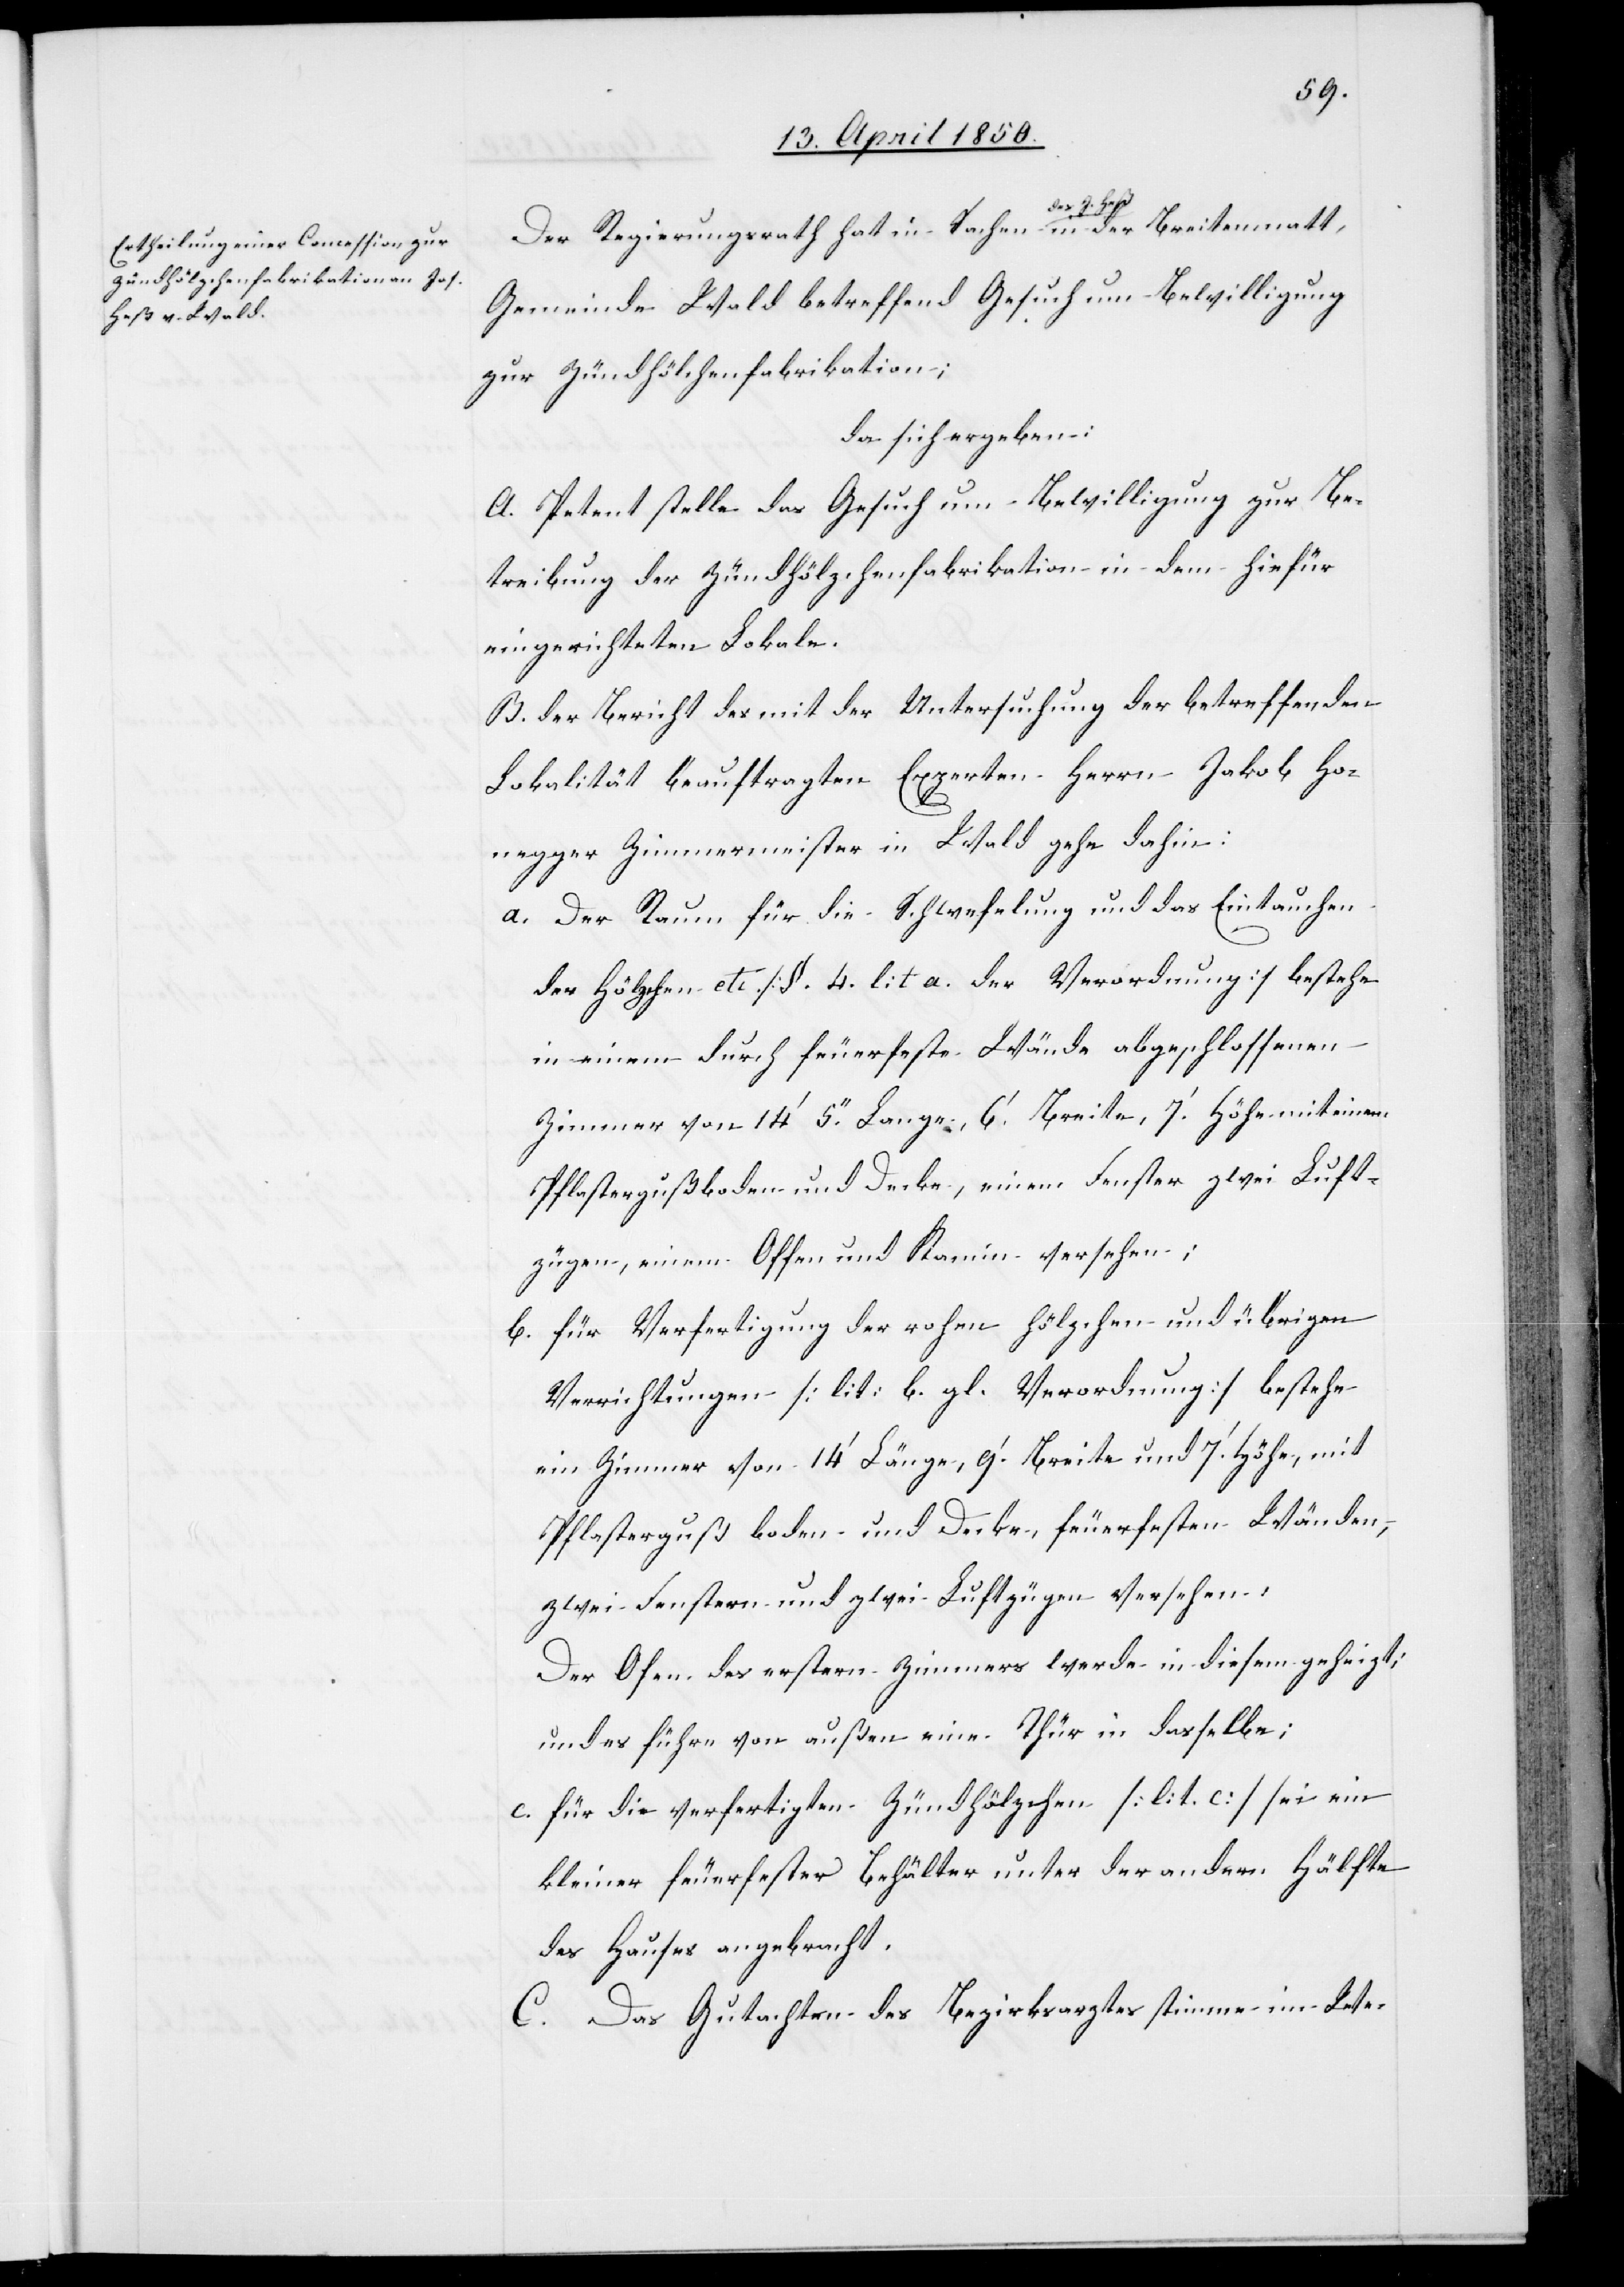
Der Regierungsrath hat in Sachen des J. Heß in der Breitenmatt,
Gemeinde Wald betreffend Gesuch um Bewilligung
zur Zündhöl[z]chenfabrikation;
da sich ergeben:
A. Petent stelle das Gesuch um Bewilligung zur Be¬
treibung der Zündhölzchenfabrikation in dem hiefür
eingerichteten Lokale.
B. der Bericht des mit der Untersuchung der betreffenden
Lokalität beauftragen Experten Herrn Jakob Hon¬
egger Zimmermeister in Wald gehe dahin:
a. Der Raum für die Schwefelung und das Eintauchen
der Hölzchen etc. [§. 4. lit. a. der Verordnung] bestehe
in einem durch feuerfeste Wände abgeschlossenen
Zimmer von 14‘ 5.‘‘ Lange. 6.‘ Breite, 7.‘ Höhe mit einem
Pflastergußboden und Decke, einem Fenster[,] zwei Luft¬
zügen, einem Offen und Kamin versehen;
b. für Verfertigung der rohen Hölzchen und übrigen
Verrichtungen [lit: b. gl. Verordnung] bestehe
ein Zimmer von 14‘ Länge, 9.‘ Breite und 7.‘ Höhe, mit
Pflastergußboden und Decken, feuerfesten Wänden,
zwei Fenstern und zwei Luftzügen versehen.
Der Ofen des erstern Zimmers werde in diesem geheizt;
und es führe von außen eine Thür in dasselbe;
c. für die verfertigten Zündhölzchen [lit. c.] sei ein
kleiner feuerfester Behälter unter der andern Hälfte
des Hauses angebracht.
C. Das Gutachten des Bezirksrathes stimme im We-